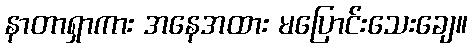
နာတာရှာကား အနေအထား မပြောင်းသေးချေ။